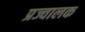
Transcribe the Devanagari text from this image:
प्रज्वालक